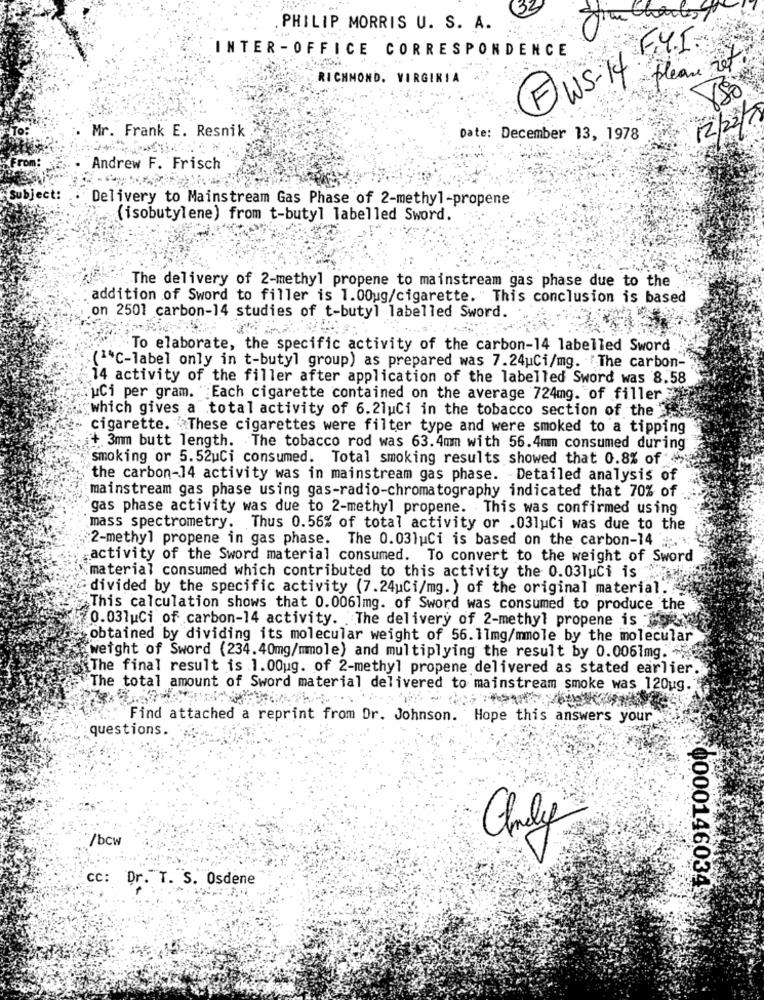
les
PHILIP MORRIS U. S. A.
INTER -OFFICE CORRESPONDENCE
F.Y.I.
pleau zef
RICHMOND, VIRGINIA
FWS-14
Mr. Frank E. Resnik
Date: December 13, 1978
rom:
Andrew F. Frisch
Subject:
Delivery to Mainstream Gas Phase of 2-methyl-propene
(isobutylene) from t-butyl labelled Sword.
.The delivery of 2-methyl propene to mainstream gas phase due to the
addition of Sword to filler is 1.00ug/cigarette. "This conclusion is based
on 2501 carbon-14 studies of t-butyl labelled Sword.
To elaborate, the specific activity of the carbon-14 labelled Sword
( ** C-label only in t-butyl group) as prepared was 7.24uCi/mg. The carbon-
14 activity of the filler after application of the labelled Sword was 8.58
uCi per gram. Each cigarette contained on the average 724mg. of filler
which gives a total activity of 6.2luci in the tobacco section of the
cigarette. These cigarettes were filter type and were smoked to a tipping
+ 3mm butt length. The tobacco rod was 63.4mm with 56.4mm consumed during
smoking or 5.52uCi consumed. Total smoking results showed that 0.8% of
the carbon-14 activity was in mainstream gas phase. - Detailed analysis of
mainstream gas phase using gas-radio-chromatography indicated that 70% of
gas phase activity was due to 2-methyl propene. This was confirmed using
mass spectrometry. Thus 0.56% of total activity or .03luci was due to the
2-methyl propene in gas phase. The 0.03luci is based on the carbon-14 ;;
activity of the Sword material consumed. To convert to the weight of Sword
material consumed which contributed to this activity the 0.03luci is
divided by the specific activity (7.24uCi/mg. ) of the original material .
This calculation shows that 0.0061mg. of Sword was consumed to produce the
0.03luCi of carbon-14 activity. The delivery of 2-methyl propene is or
obtained by dividing its molecular weight of 56.11mg/mmole by the molecular
weight of Sword (234.40mg/mmole) and multiplying the result by 0.0061mg. 5
{The final result is 1.00ug. of 2-methyl propene delivered as stated earlier.
The total amount of Sword material delivered to mainstream smoke was 120ug.
Find attached a reprint from Dr. Johnson. Hope this answers your
questions.
/bcw
Chely
cc: Dr. T. S. Osdene
0000146034